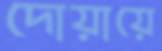
দোয়ায়ে